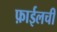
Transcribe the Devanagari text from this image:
फ़ाईलची